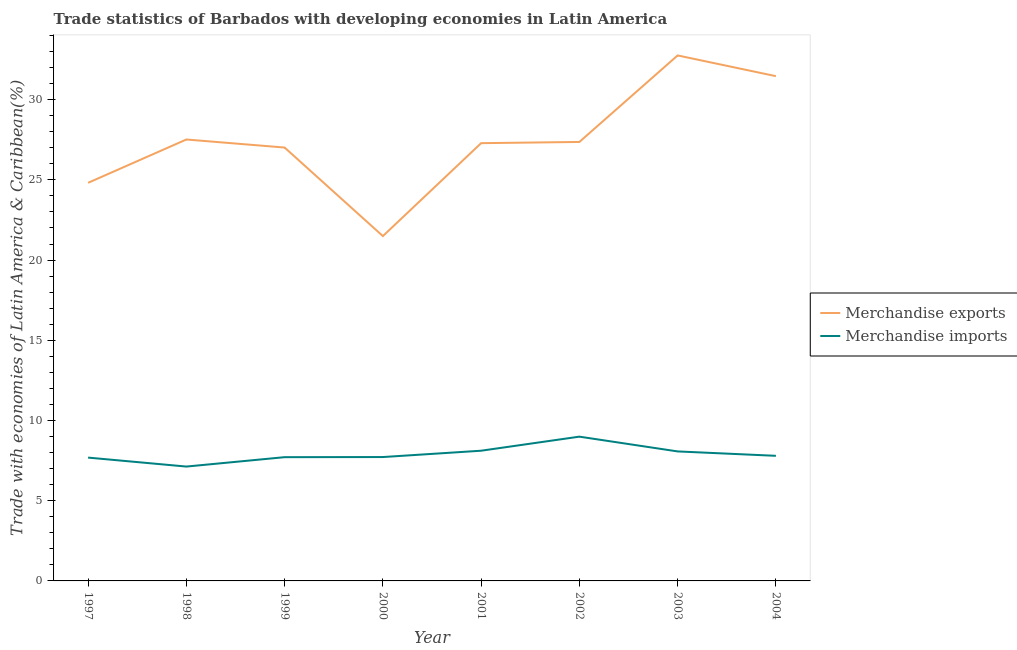
| Year | Merchandise exports | Merchandise imports |
 | --- | --- | --- |
 | 1997 | 24.8 | 7.69 |
 | 1998 | 27.5 | 7.13 |
 | 1999 | 27 | 7.71 |
 | 2000 | 21.5 | 7.72 |
 | 2001 | 27.3 | 8.12 |
 | 2002 | 27.4 | 8.99 |
 | 2003 | 32.8 | 8.07 |
 | 2004 | 31.5 | 7.8 |